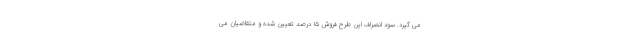
می گیرد. سود انصراف این طرح فروش ۱۵ درصد تعیین شده و متقاضیان می